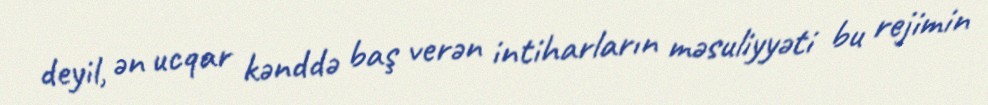
deyil, ən ucqar kənddə baş verən intiharların məsuliyyəti bu rejimin